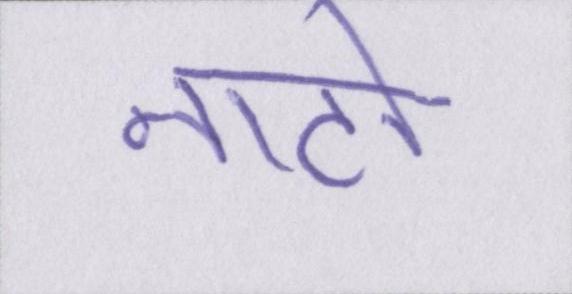
नाटो